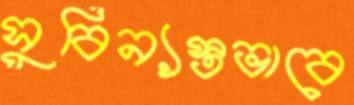
সুবিন্যস্তভাবে